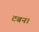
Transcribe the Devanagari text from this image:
टबन।